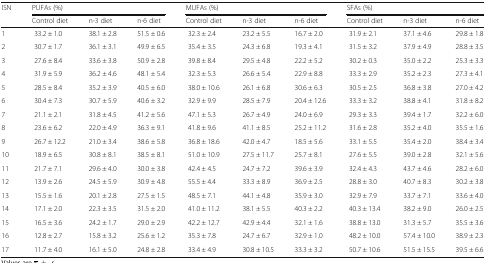
<table><thead><tr><td rowspan="2"><b>ISN</b></td><td colspan="3"><b>PUFAs (%)</b></td><td colspan="3"><b>MUFAs (%)</b></td><td colspan="3"><b>SFAs (%)</b></td></tr><tr><td><b>Control diet</b></td><td><b>n-3 diet</b></td><td><b>n-6 diet</b></td><td><b>Control diet</b></td><td><b>n-3 diet</b></td><td><b>n-6 diet</b></td><td><b>Control diet</b></td><td><b>n-3 diet</b></td><td><b>n-6 diet</b></td></tr></thead><tbody><tr><td>1</td><td>33.2 ± 1.0</td><td>38.1 ± 2.8</td><td>51.5 ± 0.6</td><td>32.3 ± 2.4</td><td>23.2 ± 5.5</td><td>16.7 ± 2.0</td><td>31.9 ± 2.1</td><td>37.1 ± 4.6</td><td>29.8 ± 1.8</td></tr><tr><td>2</td><td>30.7 ± 1.7</td><td>36.1 ± 3.1</td><td>49.9 ± 6.5</td><td>35.4 ± 3.5</td><td>24.3 ± 6.8</td><td>19.3 ± 4.1</td><td>31.5 ± 3.2</td><td>37.9 ± 4.9</td><td>28.8 ± 3.5</td></tr><tr><td>3</td><td>27.6 ± 8.4</td><td>33.6 ± 3.8</td><td>50.9 ± 2.8</td><td>39.8 ± 8.4</td><td>29.5 ± 4.8</td><td>22.2 ± 5.2</td><td>30.2 ± 0.3</td><td>35.0 ± 2.2</td><td>25.3 ± 3.3</td></tr><tr><td>4</td><td>31.9 ± 5.9</td><td>36.2 ± 4.6</td><td>48.1 ± 5.4</td><td>32.3 ± 5.3</td><td>26.6 ± 5.4</td><td>22.9 ± 8.8</td><td>33.3 ± 2.9</td><td>35.2 ± 2.3</td><td>27.3 ± 4.1</td></tr><tr><td>5</td><td>28.5 ± 8.4</td><td>35.2 ± 3.9</td><td>40.5 ± 6.0</td><td>38.0 ± 10.6</td><td>26.1 ± 6.8</td><td>30.6 ± 6.3</td><td>30.5 ± 2.5</td><td>36.8 ± 3.8</td><td>27.0 ± 4.2</td></tr><tr><td>6</td><td>30.4 ± 7.3</td><td>30.7 ± 5.9</td><td>40.6 ± 3.2</td><td>32.9 ± 9.9</td><td>28.5 ± 7.9</td><td>20.4 ± 12.6</td><td>33.3 ± 3.2</td><td>38.8 ± 4.1</td><td>31.8 ± 8.2</td></tr><tr><td>7</td><td>21.1 ± 2.1</td><td>31.8 ± 4.5</td><td>41.2 ± 5.6</td><td>47.1 ± 5.3</td><td>26.7 ± 4.9</td><td>24.0 ± 6.9</td><td>29.3 ± 3.3</td><td>39.4 ± 1.7</td><td>32.2 ± 6.0</td></tr><tr><td>8</td><td>23.6 ± 6.2</td><td>22.0 ± 4.9</td><td>36.3 ± 9.1</td><td>41.8 ± 9.6</td><td>41.1 ± 8.5</td><td>25.2 ± 11.2</td><td>31.6 ± 2.8</td><td>35.2 ± 4.0</td><td>35.5 ± 1.6</td></tr><tr><td>9</td><td>26.7 ± 12.2</td><td>21.0 ± 3.4</td><td>38.6 ± 5.8</td><td>36.8 ± 18.6</td><td>42.0 ± 4.7</td><td>18.5 ± 5.6</td><td>33.1 ± 5.5</td><td>35.4 ± 2.0</td><td>38.4 ± 3.4</td></tr><tr><td>10</td><td>18.9 ± 6.5</td><td>30.8 ± 8.1</td><td>38.5 ± 8.1</td><td>51.0 ± 10.9</td><td>27.5 ± 11.7</td><td>25.7 ± 8.1</td><td>27.6 ± 5.5</td><td>39.0 ± 2.8</td><td>32.1 ± 5.6</td></tr><tr><td>11</td><td>21.7 ± 7.1</td><td>29.6 ± 4.0</td><td>30.0 ± 3.8</td><td>42.4 ± 4.5</td><td>24.7 ± 7.2</td><td>39.6 ± 3.9</td><td>32.4 ± 4.3</td><td>43.7 ± 4.6</td><td>28.2 ± 6.0</td></tr><tr><td>12</td><td>13.9 ± 2.6</td><td>24.5 ± 5.9</td><td>30.9 ± 4.8</td><td>55.5 ± 4.4</td><td>33.3 ± 8.9</td><td>36.9 ± 2.5</td><td>28.8 ± 3.0</td><td>40.7 ± 8.3</td><td>30.2 ± 3.8</td></tr><tr><td>13</td><td>15.5 ± 1.6</td><td>20.1 ± 2.8</td><td>27.5 ± 1.5</td><td>48.5 ± 7.1</td><td>44.1 ± 4.8</td><td>35.9 ± 3.0</td><td>32.9 ± 7.9</td><td>33.7 ± 7.1</td><td>33.6 ± 4.0</td></tr><tr><td>14</td><td>17.1 ± 2.0</td><td>22.3 ± 3.5</td><td>31.5 ± 2.0</td><td>41.0 ± 11.2</td><td>38.1 ± 5.5</td><td>40.3 ± 2.2</td><td>40.3 ± 13.4</td><td>38.2 ± 9.0</td><td>26.0 ± 2.5</td></tr><tr><td>15</td><td>16.5 ± 3.6</td><td>24.2 ± 1.7</td><td>29.0 ± 2.9</td><td>42.2 ± 12.7</td><td>42.9 ± 4.4</td><td>32.1 ± 1.6</td><td>38.8 ± 13.0</td><td>31.3 ± 5.7</td><td>35.5 ± 3.6</td></tr><tr><td>16</td><td>12.8 ± 2.7</td><td>15.8 ± 3.2</td><td>25.6 ± 1.2</td><td>35.3 ± 7.8</td><td>24.7 ± 6.7</td><td>32.9 ± 1.0</td><td>48.2 ± 10.0</td><td>57.4 ± 10.0</td><td>38.9 ± 2.3</td></tr><tr><td>17</td><td>11.7 ± 4.0</td><td>16.1 ± 5.0</td><td>24.8 ± 2.8</td><td>33.4 ± 4.9</td><td>30.8 ± 10.5</td><td>33.3 ± 3.2</td><td>50.7 ± 10.6</td><td>51.5 ± 15.5</td><td>39.5 ± 6.6</td></tr></tbody></table>